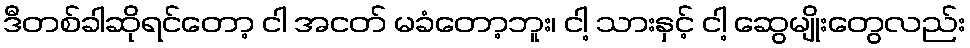
ဒီတစ်ခါဆိုရင်တော့ ငါ အငတ် မခံတော့ဘူး၊ ငါ့ သားနှင့် ငါ့ ဆွေမျိုးတွေလည်း